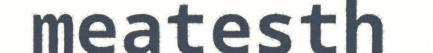
meatesth